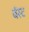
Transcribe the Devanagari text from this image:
बॅस्ट